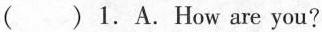
( )1.A.How are you?